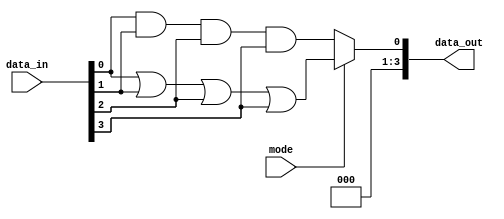
module adjacency_groups (
    input wire [3:0] data_in,     // 4-bit input data (you can change the size as needed)
    input wire mode,               // Control signal to select operation (0: AND, 1: OR)
    output wire [3:0] data_out     // 4-bit output data
);

    // Intermediate signals for adjacency processing
    wire [3:0] grouped_data;       // Grouped data based on adjacency
    wire [3:0] and_result;         // AND operation result
    wire [3:0] or_result;          // OR operation result

    // Adjacency grouping logic (2D example)
    assign grouped_data[0] = data_in[0]; // Top-left
    assign grouped_data[1] = data_in[1]; // Top-right
    assign grouped_data[2] = data_in[2]; // Bottom-left
    assign grouped_data[3] = data_in[3]; // Bottom-right

    // Processing Logic
    assign and_result = grouped_data[0] & grouped_data[1] & grouped_data[2] & grouped_data[3];
    assign or_result  = grouped_data[0] | grouped_data[1] | grouped_data[2] | grouped_data[3];

    // Output Generation based on control signal
    assign data_out = (mode == 1'b0) ? and_result : or_result;

endmodule